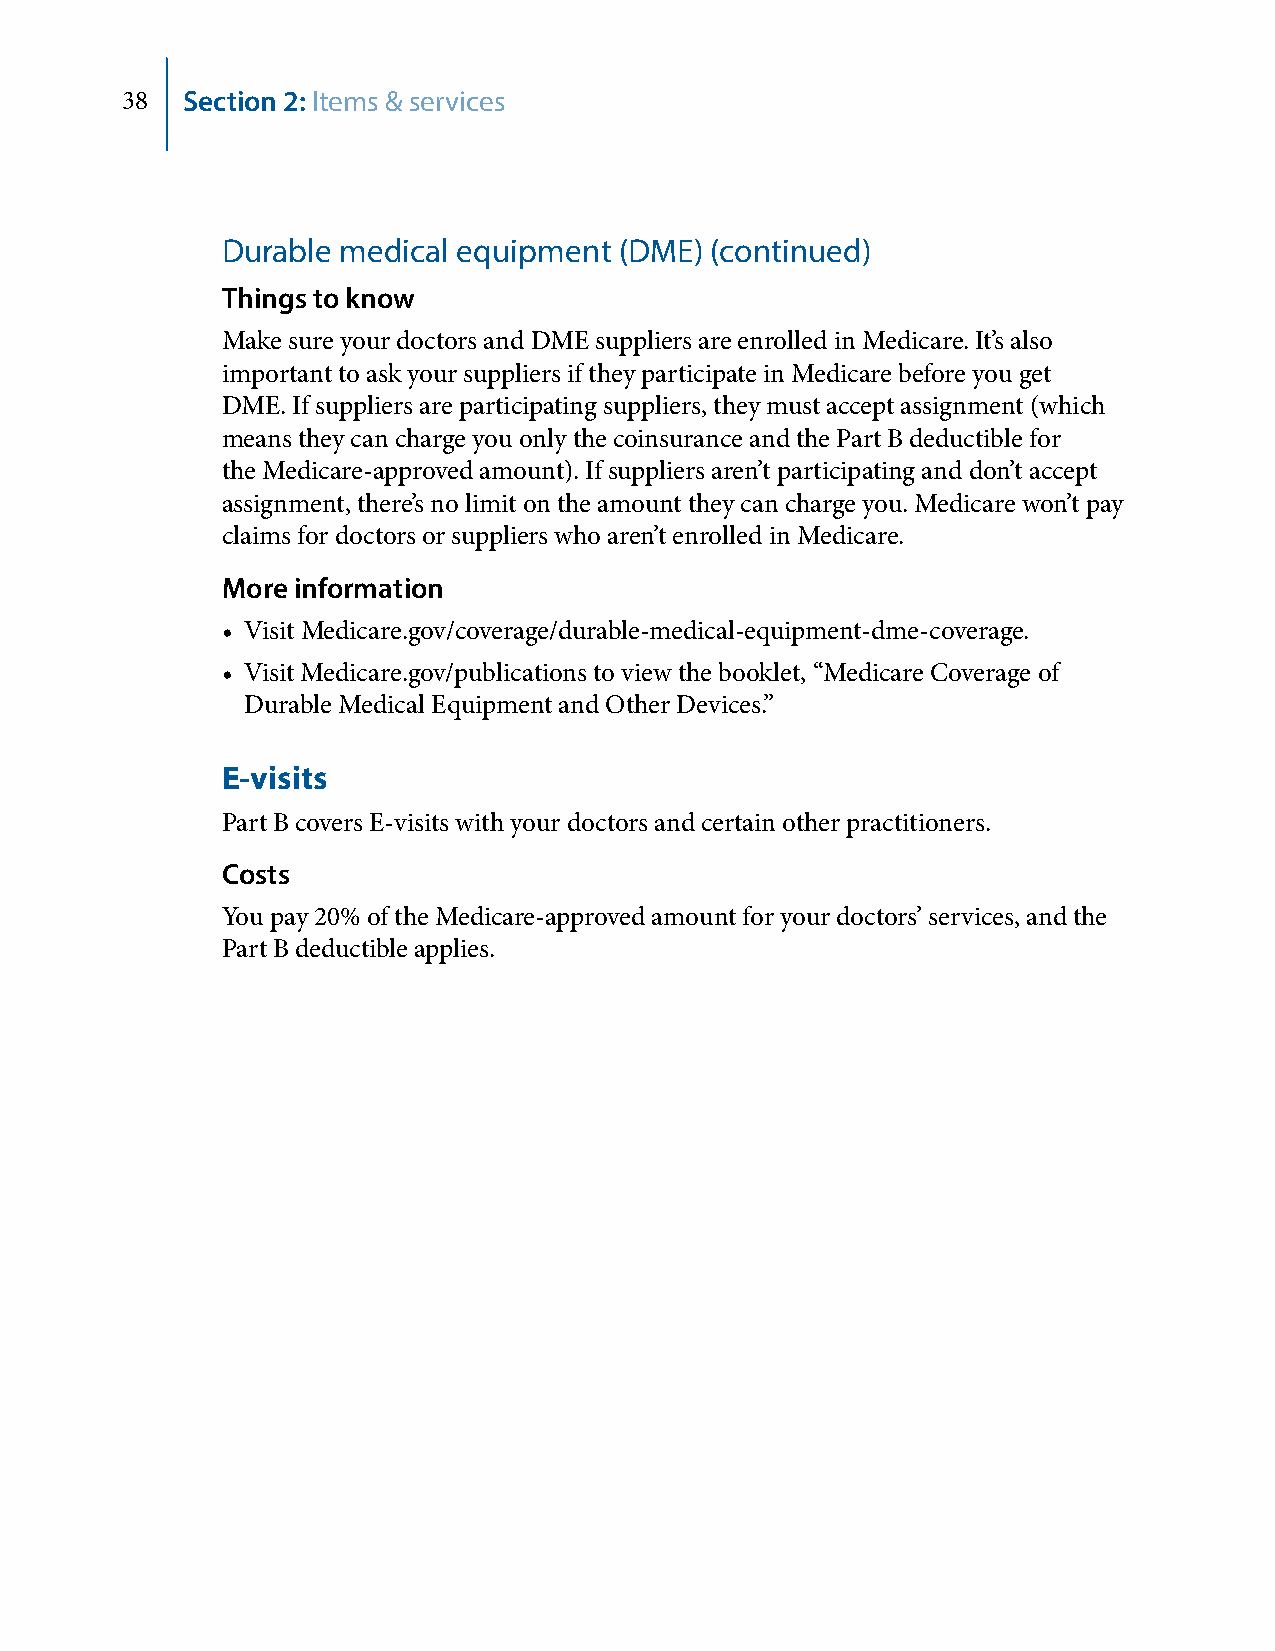
38  Section 2: Items & services
 Durable medical equipment (DME) (continued)
 Things to know
 Make sure your doctors and DME suppliers are enrolled in Medicare. It’s also
 important to ask your suppliers if they participate in Medicare before you get
 DME. If suppliers are participating suppliers, they must accept assignment (which
 means they can charge you only the coinsurance and the Part B deductible for
 the Medicare-approved amount). If suppliers aren’t participating and don’t accept
 assignment, there’s no limit on the amount they can charge you. Medicare won’t pay
 claims for doctors or suppliers who aren’t enrolled in Medicare.
 More information
 • Visit Medicare.gov/coverage/durable-medical-equipment-dme-coverage.
 • Visit Medicare.gov/publications to view the booklet, “Medicare Coverage of
 Durable Medical Equipment and Other Devices.”
 E-visits
 Part B covers E-visits with your doctors and certain other practitioners.
 Costs
 You pay 20% of the Medicare-approved amount for your doctors’ services, and the
 Part B deductible applies.